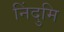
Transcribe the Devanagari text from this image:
निंदुमि